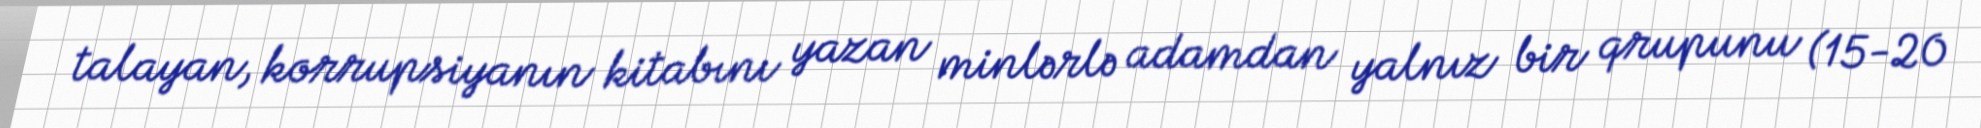
talayan, korrupsiyanın kitabını yazan minlərlə adamdan yalnız bir qrupunu (15-20